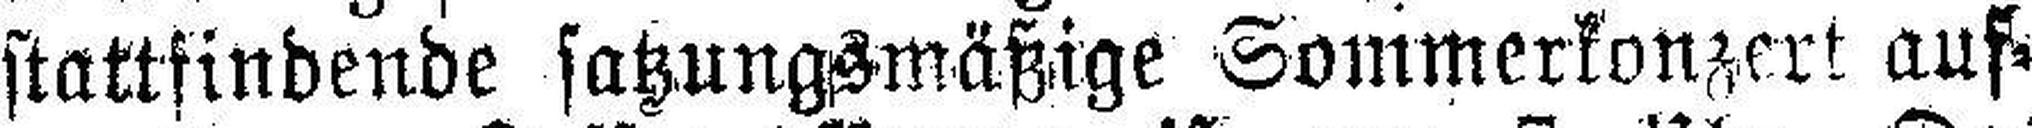
stattfindende satzungsmäßige Sommerkonzert auf¬